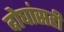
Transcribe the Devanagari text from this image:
दोघांसही